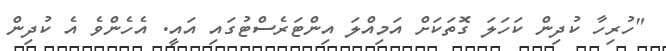
"ހުރިހާ ކުދިން ކަހަލަ ގޮތަކަށް އަމިއްލަ އިންޓަރެސްޓުގައި އައީ. އެހެންވެ އެ ކުދިން